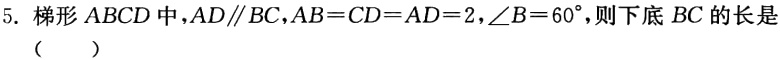
5. 梯形\(ABCD\)中，\(AD\parallel BC\)，\(AB = CD = AD = 2\)，\(\angle B = 60^{\circ}\)，则下底\(BC\)的长是（  ）